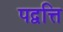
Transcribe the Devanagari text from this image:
पद्वत्ति